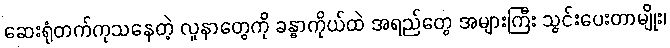
ဆေးရုံတက်ကုသနေတဲ့ လူနာတွေကို ခန္ဓာကိုယ်ထဲ အရည်တွေ အများကြီး သွင်းပေးတာမျိုး၊